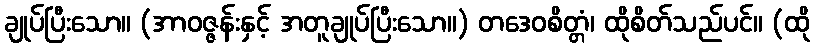
ချုပ်ပြီးသော။ (အာဝဇ္ဇန်းနှင့် အတူချုပ်ပြီးသော။) တဒေဝစိတ္တံ၊ ထိုစိတ်သည်ပင်။ (ထို